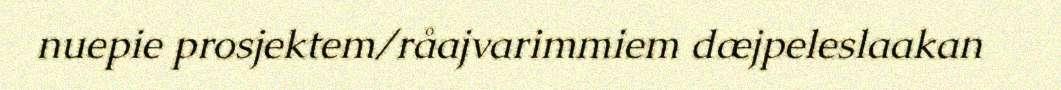
nuepie prosjektem/råajvarimmiem dæjpeleslaakan